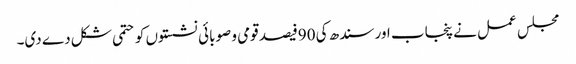
مجلس عمل نے پنجاب اور سندھ کی 90فیصد قومی و صوبائی نشستوں کو حتمی شکل دے دی۔